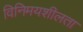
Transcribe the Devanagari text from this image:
विनिमयशीलता